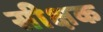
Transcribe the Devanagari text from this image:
सीक्षक